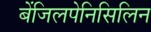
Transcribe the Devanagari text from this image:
बेंजिलपेनिसिलिन